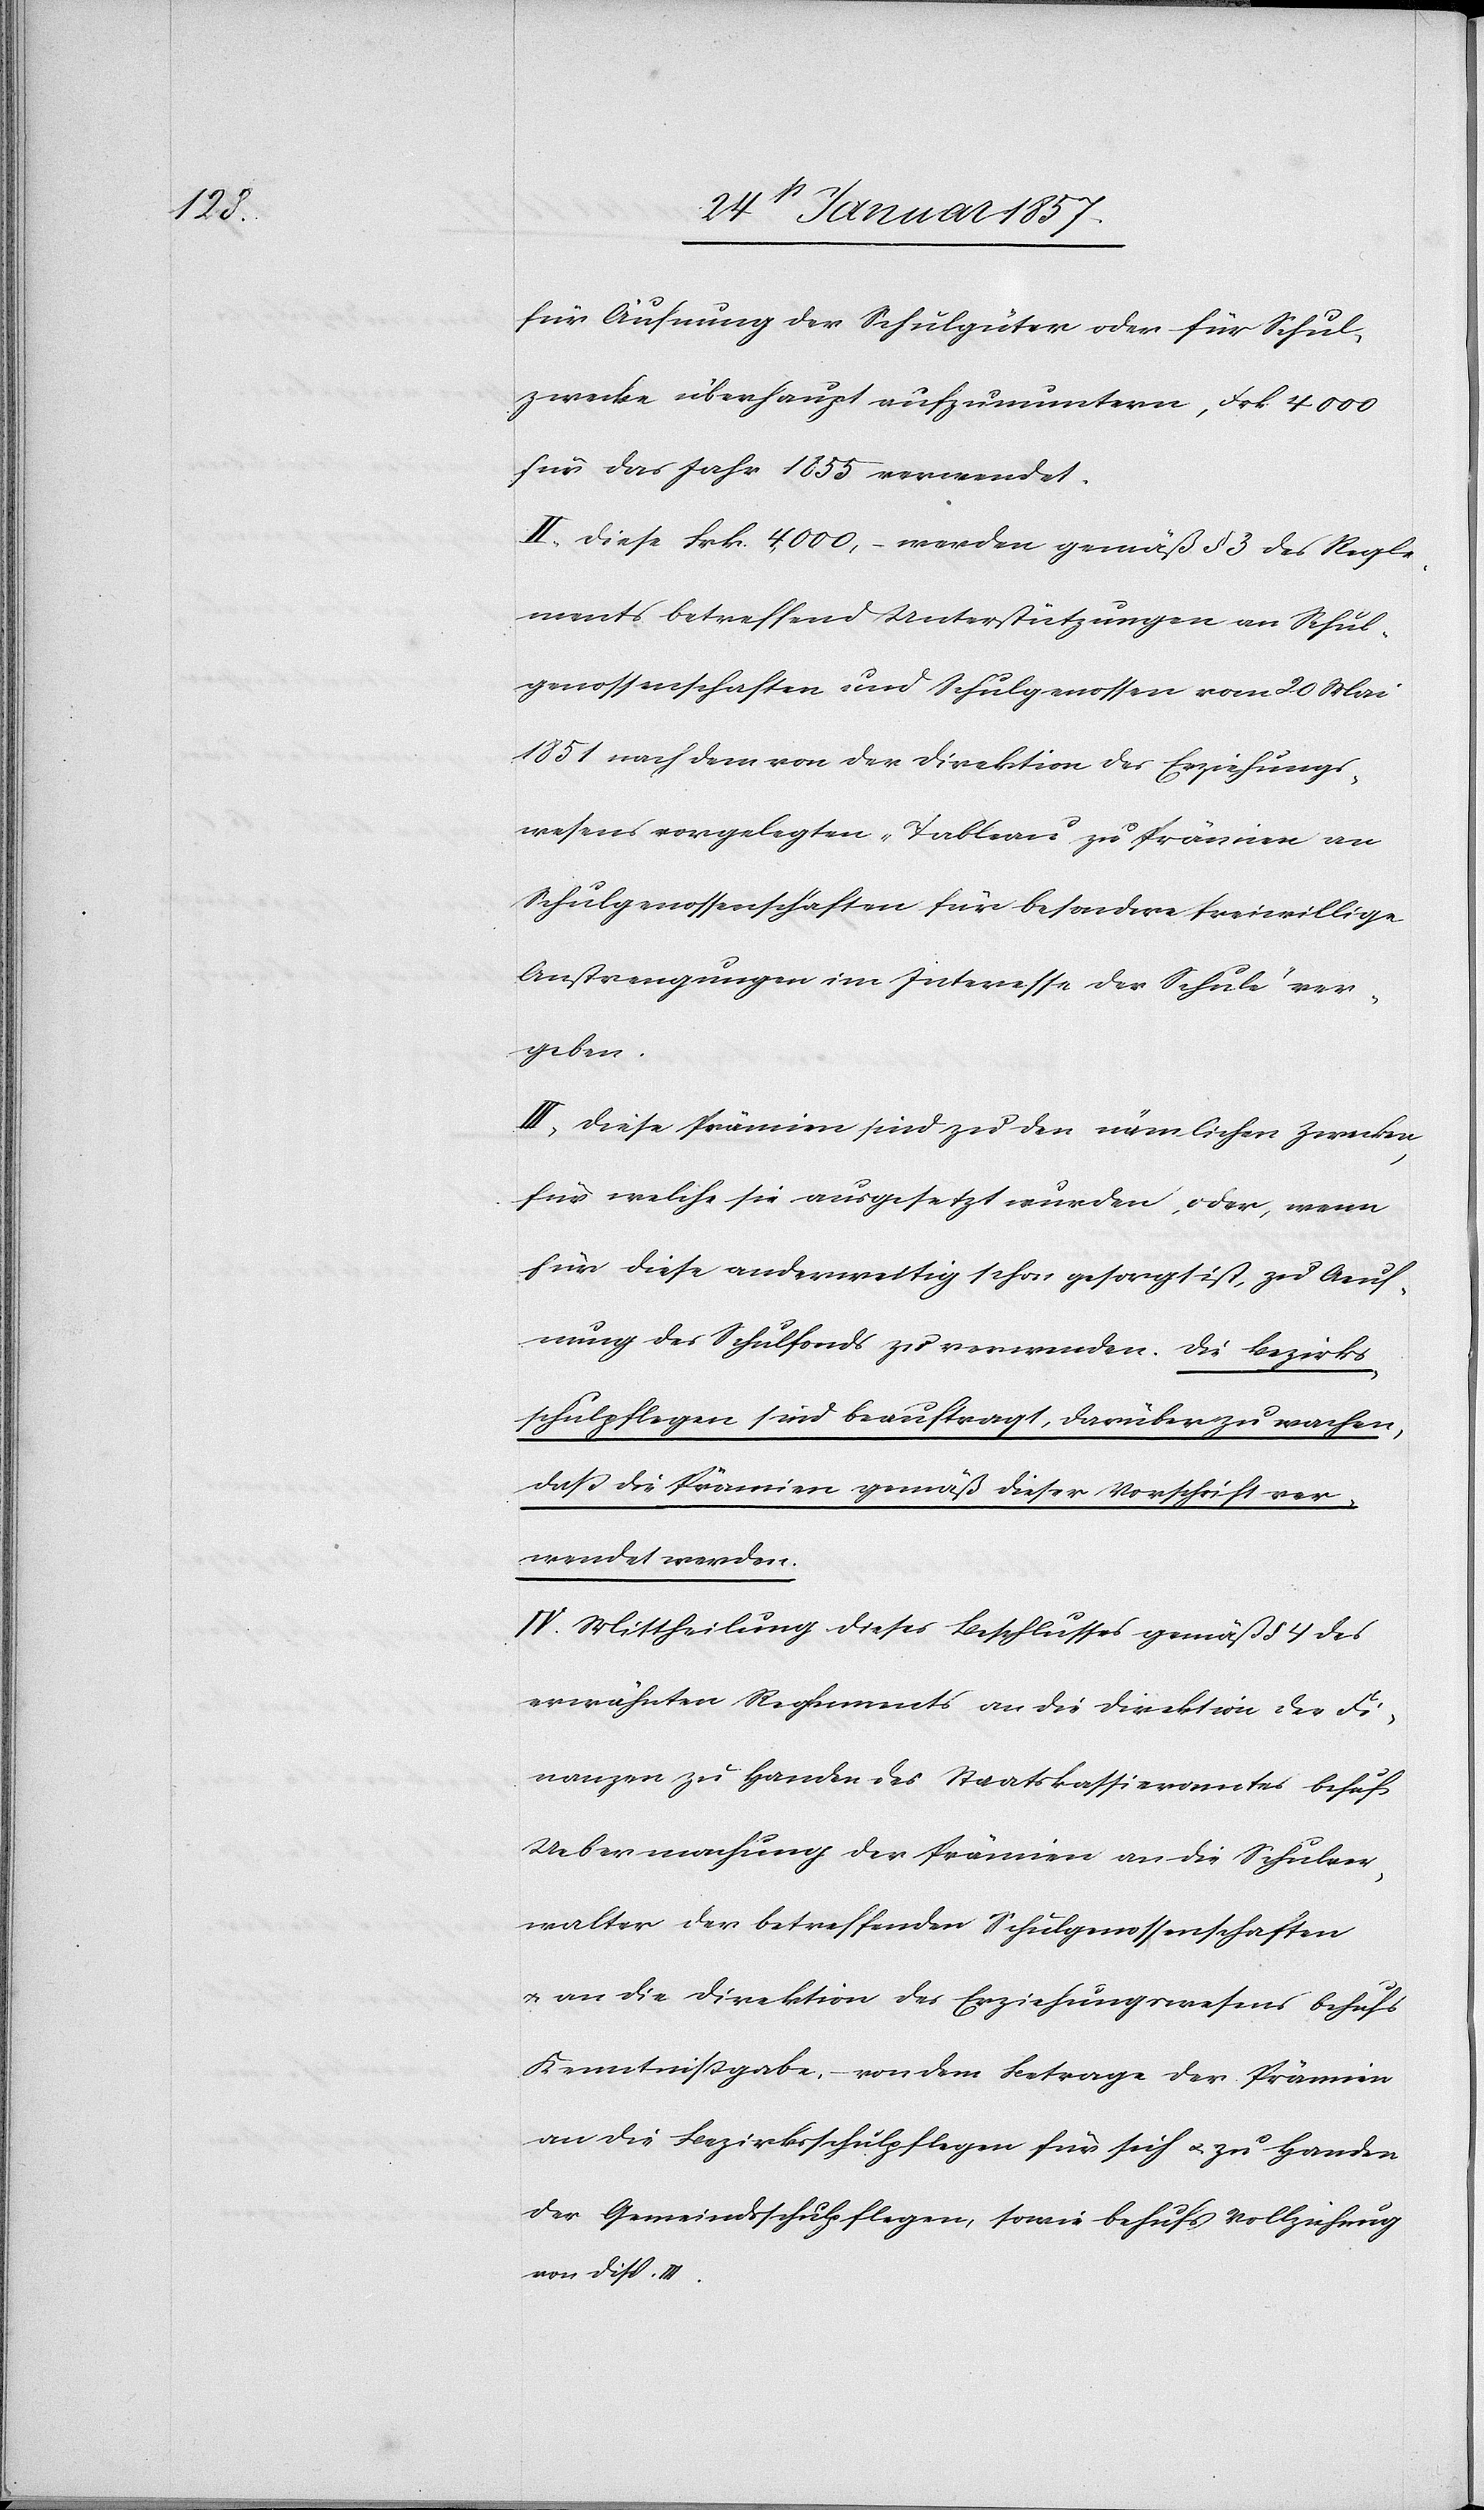
für Äufnung der Schulgüter oder für Schul¬
zwecke überhaupt aufzumuntern, frk. 4000
für das Jahr 1855 verwendet.
II. Diese frk. 4000,– werden gemäß § 3 des Regle¬
ments betreffend Unterstützungen an Schul¬
genossenschaften und Schulgenossen vom 20 Mai
1851 nach dem von der Direktion des Erziehungs¬
wesens vorgelegten „Tableau zu Prämien an
Schulgenossenschaften für besondere freiwillige
Anstrengungen im Interesse der Schule“ ver¬
geben.
III, Diese Prämien sind zu den nämlichen Zwecken
für welche sie ausgesetzt wurden, oder, wenn
für diese anderweitig schon gesorgt ist, zu Aeuf¬
nung des Schulfonds zu verwenden. Die Bezirks¬
schulpflegen sind beauftragt, darüber zu wachen,
daß die Prämien gemäß dieser Vorschrift ver¬
wendet werden.
VI. Mittheilung dieses Beschlusses gemäß § 4 des
erwähnten Reglements an die Direktion der Fi¬
nanzen zu Handen des Staatskassieramtes behufs
Uebermachung der Prämien an die Schulver¬
walter der betreffenden Schulgenossenschaften
u. an die Direktion des Erziehungswesens behufs
Kenntnißgabe, – von dem Betrage der Prämien
an die Bezirksschulpflegen für sich u. zu Handen
der Gemeindschulpflegen, sowie behufs Vollziehung
von disp. III.